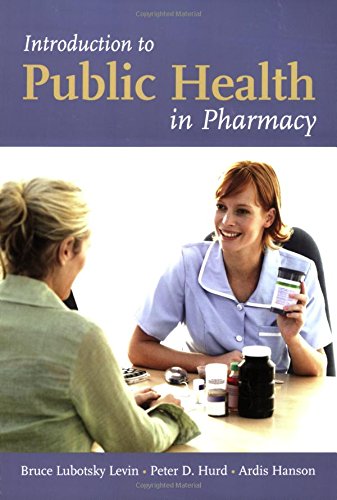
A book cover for Introduction To Public Health In Pharmacy; Bruce Lubotsky Levin; Medical Books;